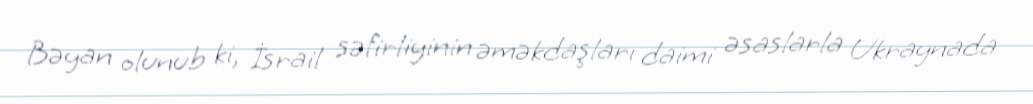
Bəyan olunub ki, İsrail səfirliyinin əməkdaşları daimi əsaslarla Ukraynada